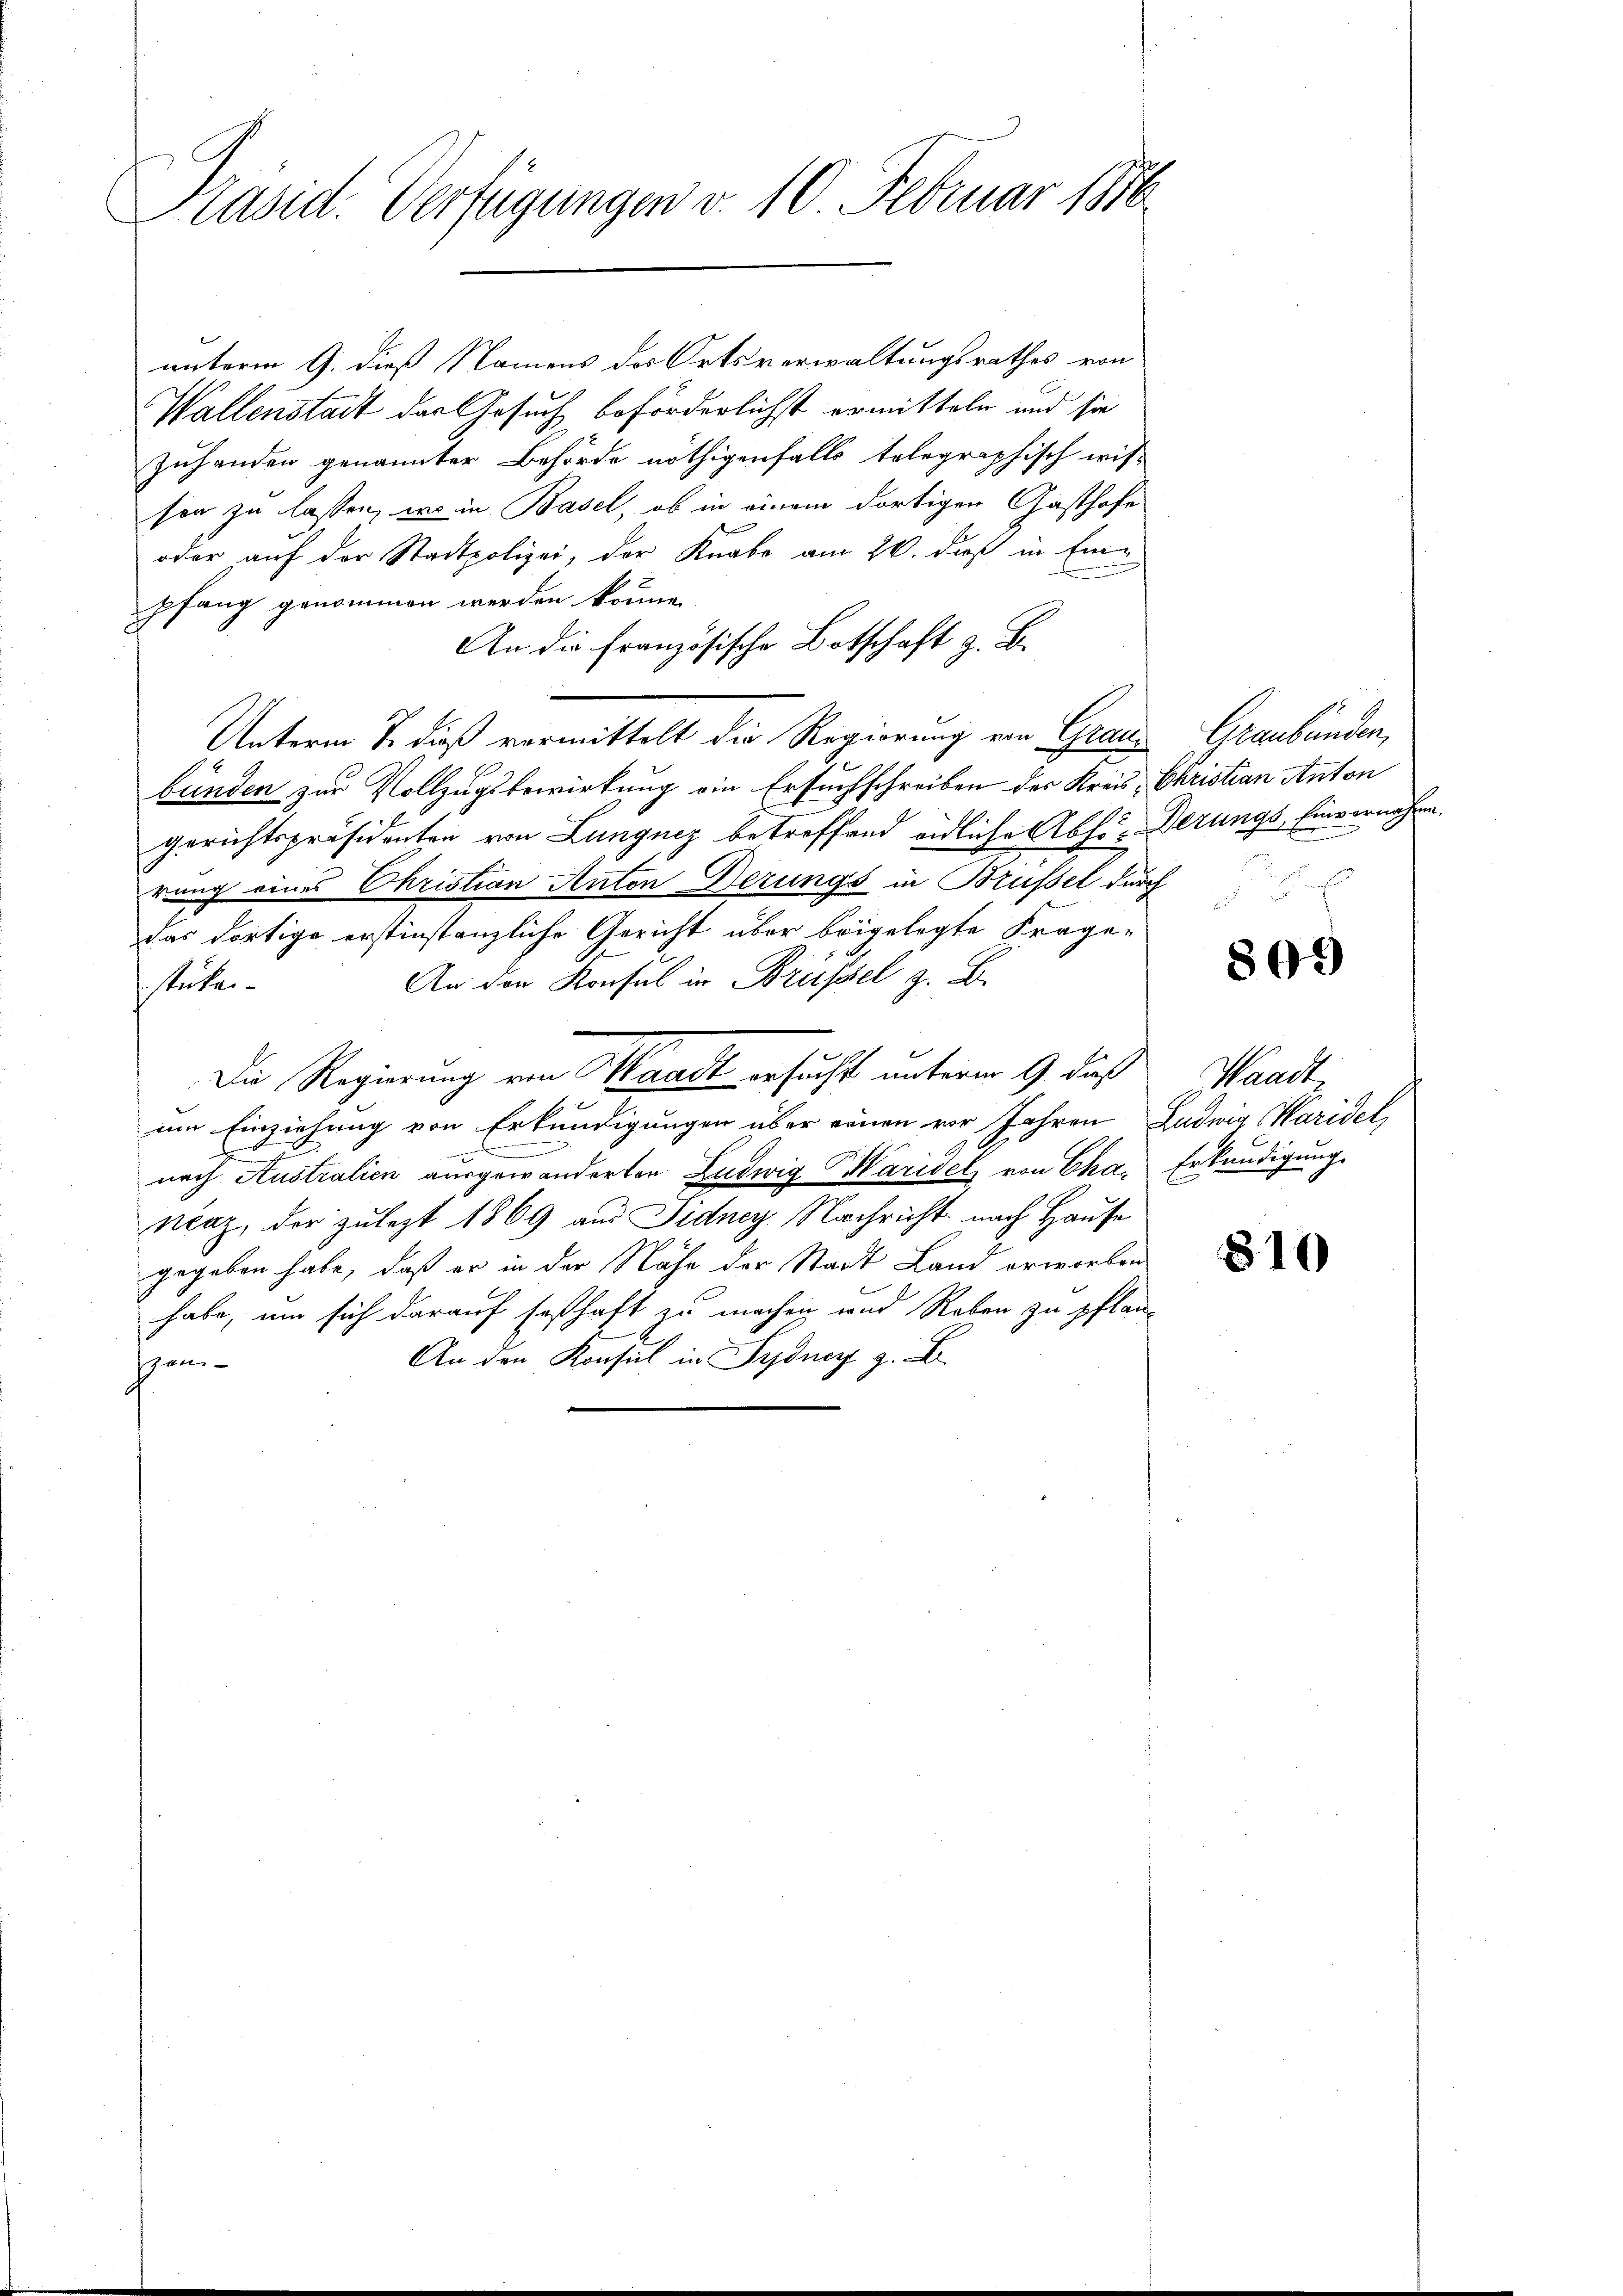
Präsid. Verfügungen v. 10. Februar 1876

unterm 9. dieß Namens des Ortsverwaltungsrathes von
Wallenstadt des Gesuch beförderlichst ermitteln und sie
zuhanden genannter Behörde nöthigenfalls telegraphisch wis-
son zu lassen, wo in Basel, ob in einem dortigen Gasthofe
oder auf der Stadtpolizei, der Knabe am 20. dieß in Einpfang genommen werden könne.
An die französische Botschaft z. B.
Unterm 7. dieß vermittelt die Regierung von Grand Graubünden,
bünden zur Vollzugsbewirkung ein Ersuchschreiben des Kreis, Christian Anton
gerichtspräsidenten von Lungnez betreffend eidliche Abfinderungs Einvernehme.
rung eines Christian Anton Berungs in Brüssel durch
das dortige erstinstanzliche Gericht über beigelegte Frage-
An den Konsul in Brüssel z. B.
sstücken.
Die Regierung von Waadt ersucht unterm 9. daß
um Einziehung von Erkundigungen über einen vor Jahren Ludwig Karidel,
.
nach Australien ausgewanderten Ludwig Haridel von Chas Erkundigung
nčaz, der zulezt 1869 aus Jidney Nachricht nach Hause
gegeben habe, daß er in der Nähe der Stadt Land erworben
habe, um sich darauf seßhaft zu machen und Reben zu pflan-
An den Konsul in Sydner z. B.
om¬

805)

Waadt

810